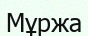
Мұржа